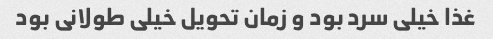
غذا خیلی سرد بود و زمان تحویل خیلی طولانی بود